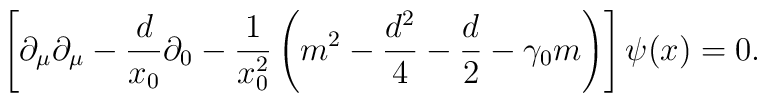
\left[ \partial_\mu \partial_\mu-\frac{d}{x_0}\partial_0 -  \frac{1}{x_0^2} \left( m^2 -\frac{d^2}{4}-  \frac{d}{2}-\gamma_0m\right)\right] \psi(x) =0.